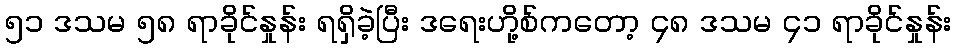
၅၁ ဒသမ ၅၈ ရာခိုင်နှုန်း ရရှိခဲ့ပြီး ဒရေးဟို့စ်ကတော့ ၄၈ ဒသမ ၄၁ ရာခိုင်နှုန်း